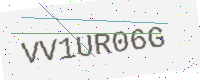
Text: VV1UR06G